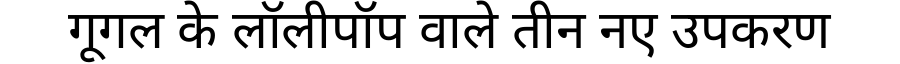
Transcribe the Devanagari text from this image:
गूगल के लॉलीपॉप वाले तीन नए उपकरण